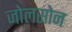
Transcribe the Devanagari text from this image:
जोलसोन